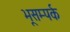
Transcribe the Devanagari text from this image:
भूसम्पर्क